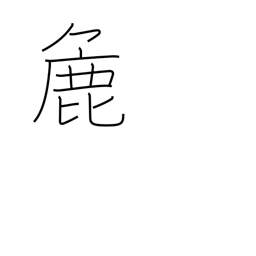
Meaning: crude